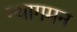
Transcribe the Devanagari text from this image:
न्यागमन